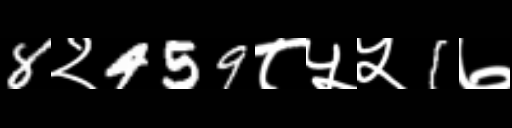
Text: 8२459८५५1७